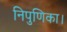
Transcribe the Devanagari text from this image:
निपुणिका।